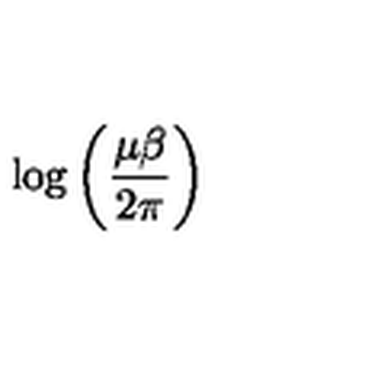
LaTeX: \log \left( \frac { \mu \beta } { 2 \pi } \right)